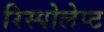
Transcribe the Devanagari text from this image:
रिस्पोलेप्ट